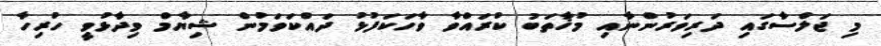
މި ޖަލްސާގައި ދަރިވަރުންނާއި މުޚާތަބު ކުރައްވާ ވާހަކަފުޅު ދައްކަވަމުން ޝިޔާމް ވިދާޅުވީ ހުރިހާ